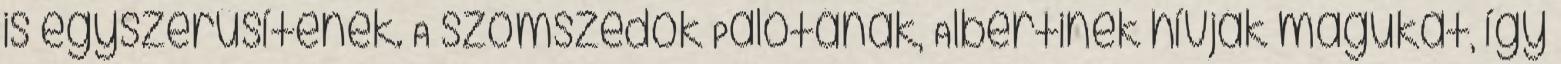
is egyszerűsítenek. A szomszédok Palotának, Albertinek hívják magukat, így